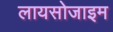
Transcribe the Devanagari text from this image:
लायसोजाइम